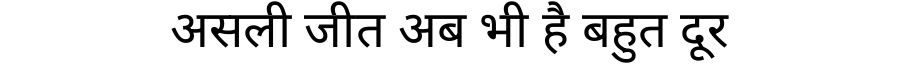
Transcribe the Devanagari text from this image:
असली जीत अब भी है बहुत दूर